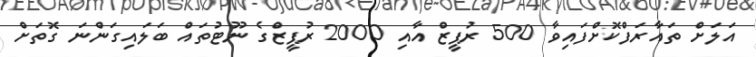
އަލަށް ތައާރަފްކޮށްފައިވާ 500 ރުޕީޒް އާއި 2000 ރުޕީޒްގެ ނޫޓުތަައް ބަލައިގަންނަ ގޮތަށް